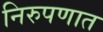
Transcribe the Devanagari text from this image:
निरुपणात